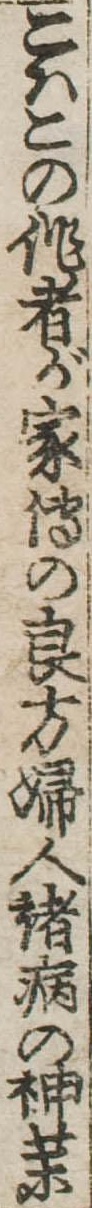
こはこの作者が家伝の良方婦人諸病の神薬